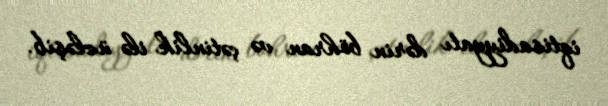
iqtisadiyyatı dərin böhran və çətinlik ilə üzləşib.